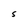
Character: S